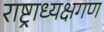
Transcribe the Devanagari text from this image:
राष्ट्राध्यक्षगण